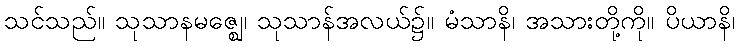
သင်သည်။ သုသာနမဇ္ဈေ၊ သုသာန်အလယ်၌။ မံသာနိ၊ အသားတို့ကို။ ပိယာနိ၊